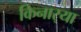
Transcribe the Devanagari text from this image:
किनार्‍या